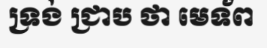
ទ្រង់ ជ្រាប ថា មេទ័ព